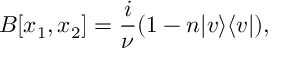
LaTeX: B [ x _ { 1 } , x _ { 2 } ] = \frac { i } { \nu } ( 1 - n | v \rangle \langle v | ) ,